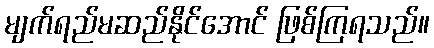
မျက်ရည်မဆည်နိုင်အောင် ဖြစ်ကြရသည်။